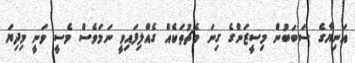
އަނިޔާގެ ސަބަބުން މިސީޒަންގެ ގިނަ މެޗުތަކެއް ގެއްލިފައިވީ ނަމަވެސް މެސީ ވަނީ މިދިޔަ